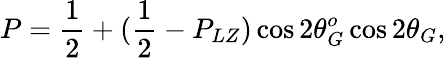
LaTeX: P=\frac{1}{2}+(\frac{1}{2}-P_{LZ})\cos 2\theta_{G}^{o}\cos 2\theta_{G},